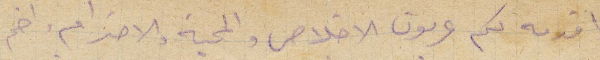
واقدمه لكم عربون الإخلاص والمحبة والاحترام واضم